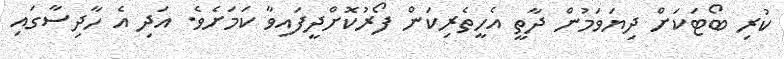
ކުރި ބޯޓަކަށް ދިޔަވަމުން ދާތީ އެހީތެރިކަން ފޯރުކޮށްދީފައިވާ ކަމަށެވެ. އަދި އެ ހާދިސާގައި